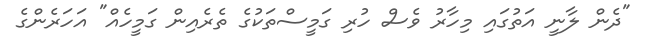
"ދެން ލާނީ އަތުގައި މިހާރު ވެސް ހުރި ގަމީސްތަކުގެ ތެރެއިން ގަމީހެއް" އަހަރެންގެ